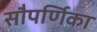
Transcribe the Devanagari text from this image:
सौपर्णिका